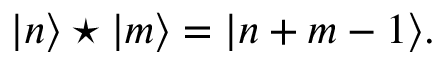
| n \rangle \star | m \rangle = | n + m - 1 \rangle .